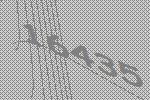
16435